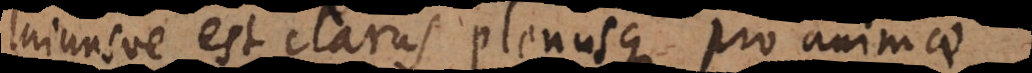
minusve est clarus plenusque pro animae